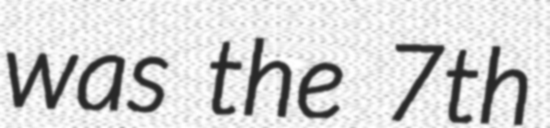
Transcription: was the 7th